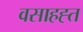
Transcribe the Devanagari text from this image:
वसाहह्त